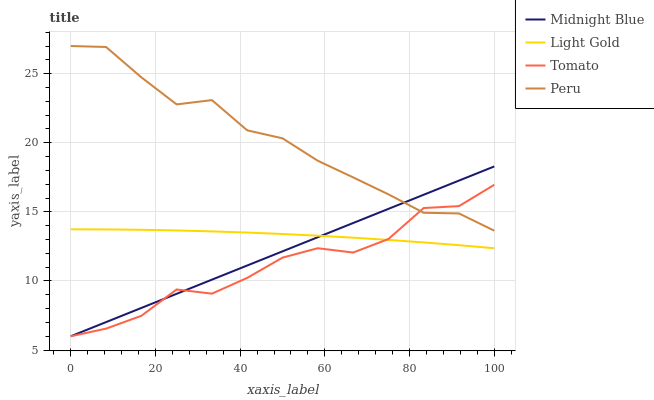
| xaxis_label | Midnight Blue | Light Gold | Tomato | Peru |
 | --- | --- | --- | --- | --- |
 | 0 | 6 | 13.7 | 6 | 27 |
 | 8.33 | 7.02 | 13.7 | 6.55 | 26.9 |
 | 16.7 | 8.05 | 13.7 | 7.48 | 24.7 |
 | 25 | 9.07 | 13.7 | 9.38 | 22.8 |
 | 33.3 | 10.1 | 13.6 | 9.08 | 23.1 |
 | 41.7 | 11.1 | 13.5 | 10.2 | 20.9 |
 | 50 | 12.1 | 13.4 | 11.7 | 20.3 |
 | 58.3 | 13.2 | 13.3 | 12.4 | 18.7 |
 | 66.7 | 14.2 | 13.1 | 12.1 | 17.5 |
 | 75 | 15.2 | 13 | 13 | 16.3 |
 | 83.3 | 16.2 | 12.8 | 15.3 | 14.9 |
 | 91.7 | 17.3 | 12.6 | 15.4 | 14.9 |
 | 100 | 18.3 | 12.4 | 17 | 13.6 |